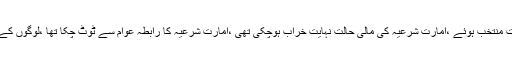
قاضی صاحب لکھتے ہیں : ’’جس وقت آپ امیر شریعت منتخب ہوئے ،امارت شرعیہ کی مالی حالت نہایت خراب ہوچکی تھی ،امارت شرعیہ کا رابطہ عوام سے ٹوٹ چکا تھا ،لوگوں کے ذہنوں میں امارت شرعیہ کا تصور دھندلا سا گیا تھا ۔